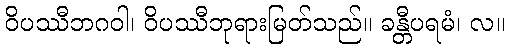
ဝိပဿီဘဂဝါ၊ ဝိပဿီဘုရားမြတ်သည်။ ခန္တီပရမံ၊ လ။